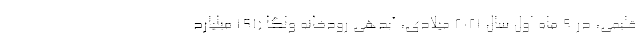
قلیمی، در ۹ ماه اول سال ۲۰۲۱ میلادی، آبدهی رودخانه ولگا (۱۹۱ میلیارد